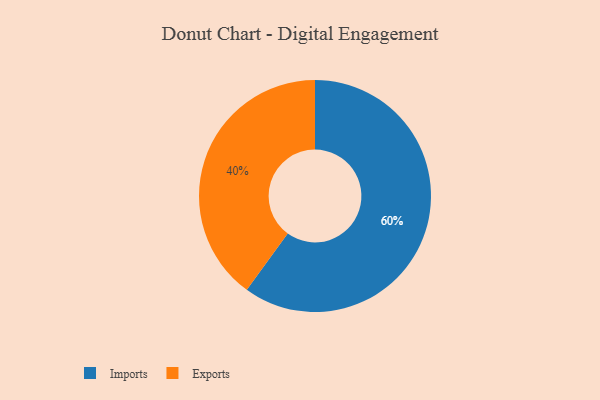
{"axis": {"x": "Category", "y": "Percentage"}, "legend": ["Exports", "Imports"], "data": [{"x": "Imports", "y": 60, "type": "Imports"}, {"x": "Exports", "y": 40, "type": "Exports"}]}